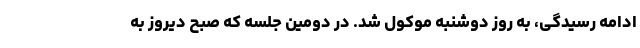
ادامه رسیدگی، به روز دوشنبه موکول شد. در دومین جلسه که صبح دیروز به